Document type: Anniversary endowment
Year: 1486
Scribe: Bartomeu Masons
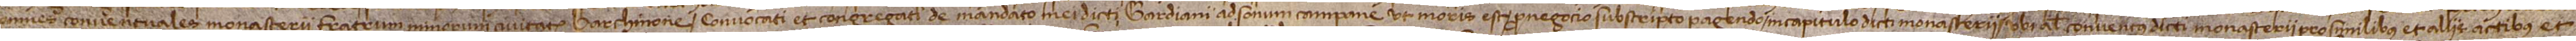
omnes conventuales monasterii fratrum minorum civitatis Barchinone, convocati et congregati de mandato mei dicti gardiani ad sonum campane, ut moris est, pro negocio subscripto peragendo in capitulo dicti monasterii, ubi alius conventus dicti monasterii pro similibus et aliis actibus et